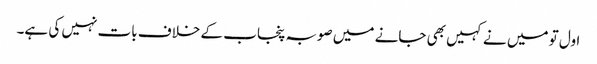
اول تو میں نے کہیں بھی جانے میں صوبہ پنجاب کے خلاف بات نہیں کی ہے۔